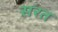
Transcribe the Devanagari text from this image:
सरत